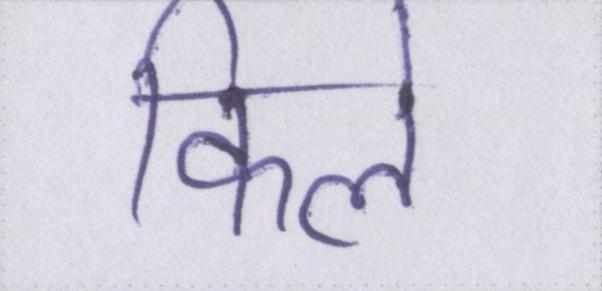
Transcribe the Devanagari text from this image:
किले